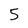
Character: 5